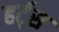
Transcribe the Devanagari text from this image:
हर्ट्‌स